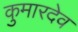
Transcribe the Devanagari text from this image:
कुमारदेव